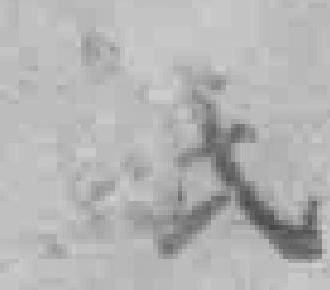
*